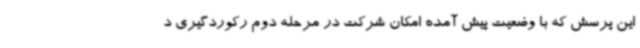
این پرسش که با وضعیت پیش آمده امکان شرکت در مرحله دوم رکوردگیری د